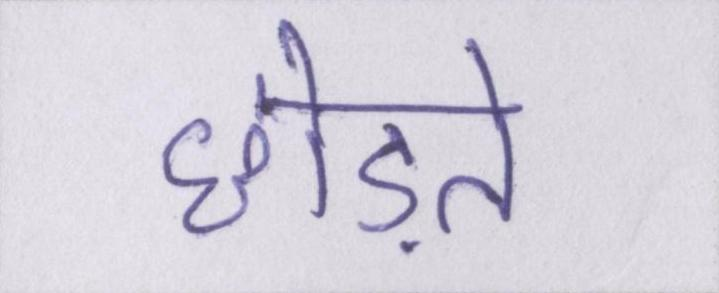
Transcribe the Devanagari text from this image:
छोड़ते